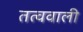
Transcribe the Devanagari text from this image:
तत्ववाली